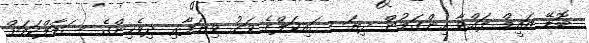
ބޮޑޭ ޒައީމް ލައްވާ ހިންގަމުން ދިޔަ ސައިކަލްގެ ވަގު ވިޔަފާރި ދިވެހިންގެ ސަމާލްކަމަށް